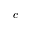
c